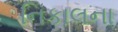
નિકાલના